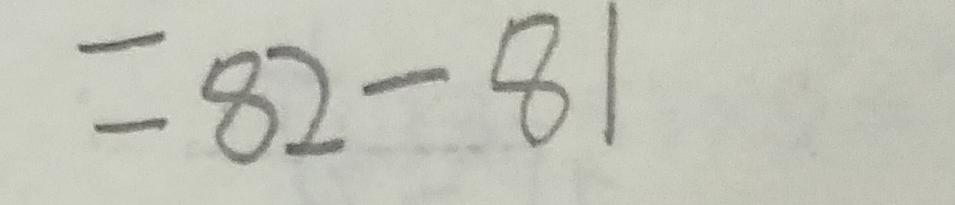
= 8 2 - 8 1